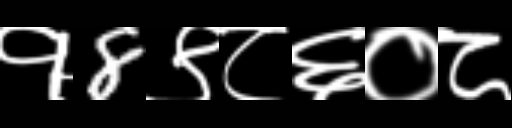
Text: १8९८६०८